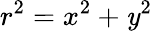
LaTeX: r^{2}=x^{2}+\mathit{y}^{2}